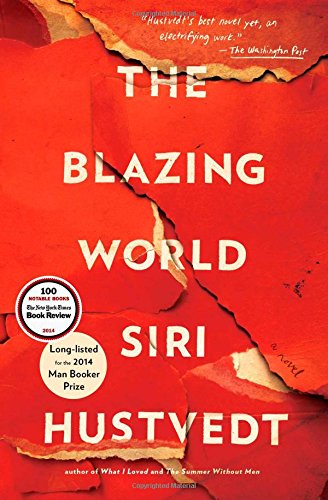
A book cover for The Blazing World: A Novel; Siri Hustvedt; Literature & Fiction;